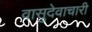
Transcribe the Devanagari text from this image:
वासुदेवाचारी